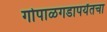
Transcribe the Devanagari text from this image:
गोपाळगडापर्यंतचा